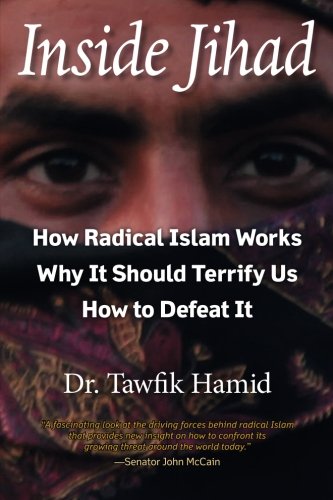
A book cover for Inside Jihad: How Radical Islam Works; Why It Should Terrify Us; How to Defeat It; Tawfik Hamid; Religion & Spirituality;